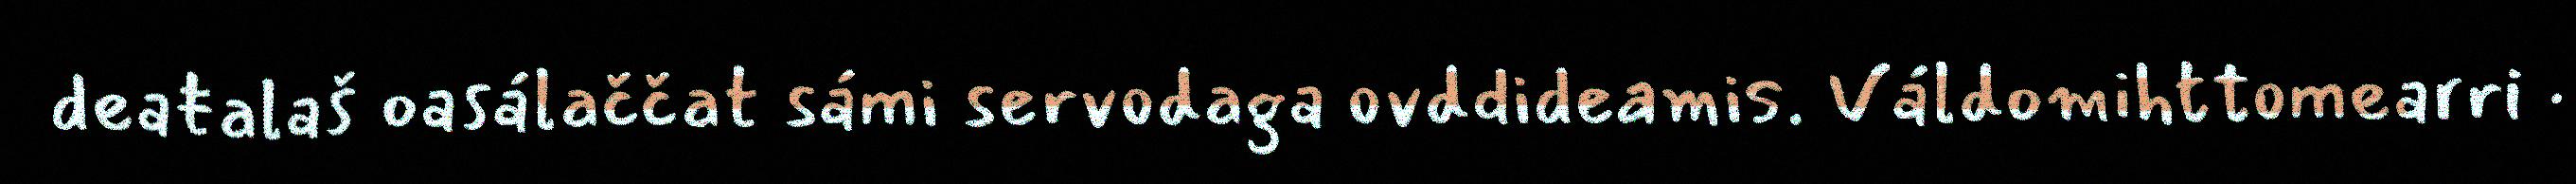
deaŧalaš oasálaččat sámi servodaga ovddideamis. Váldomihttomearri ·